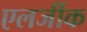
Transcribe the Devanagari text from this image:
एलर्जीक